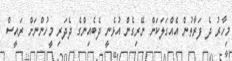
މިހާރު ދެ ފަރާތުން އެއްގަލަކަށް ނޭރިގެން އުޅެނީ ދެބެއިންގެ ދެދަރި މީހުންނަށް ރައީސް